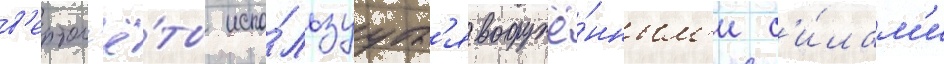
в'ертол'ё́ты испо́льзуутс'я вооружё́нным'и с'и́лам'и